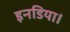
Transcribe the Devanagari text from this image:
इनडिया।